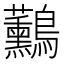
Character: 𪈧